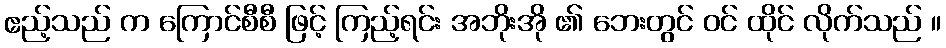
ဧည့်သည် က ကြောင်စီစီ ဖြင့် ကြည့်ရင်း အဘိုးအို ၏ ဘေးတွင် ဝင် ထိုင် လိုက်သည် ။